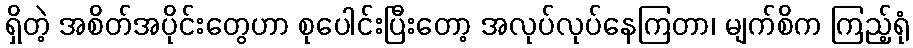
ရှိတဲ့ အစိတ်အပိုင်းတွေဟာ စုပေါင်းပြီးတော့ အလုပ်လုပ်နေကြတာ၊ မျက်စိက ကြည့်ရုံ